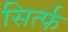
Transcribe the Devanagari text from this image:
सिर्त्फ